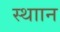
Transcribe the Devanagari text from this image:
स्थाान